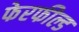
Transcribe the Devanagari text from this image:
फेरफील्ड